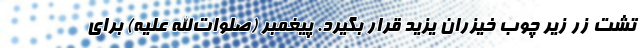
تشت زر زیر چوب خیزران یزید قرار بگیرد. پیغمبر (صلوات‌الله علیه) برای